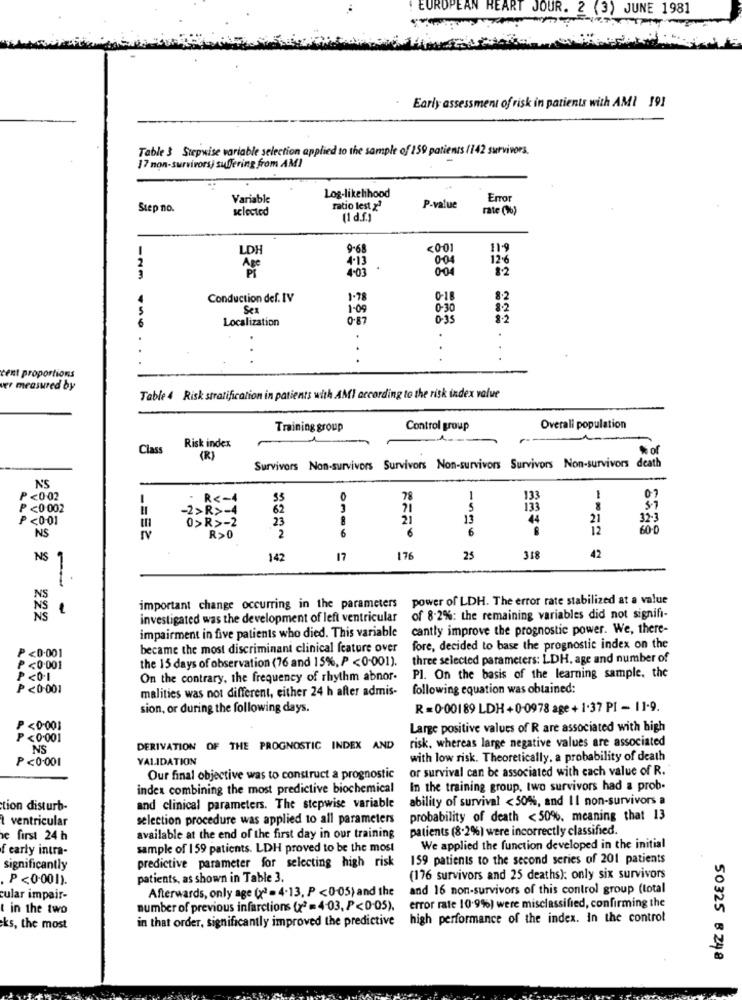
EUROPEAN HEART JOUR. 2 (3) JUNE 1981
. Early assessment of risk in patients with AMI 191
Table } Stepwise variable selection applied to the sample of 150 patients /142 survivors.
17 non-survivorsj suffering from AMI
Variable
Log-likelihood
Error
Step no.
selected
ratio lest x2
P-value
rate (%)
1
LDH
9-65
<001
119
2
4.13
0-04
12%
4.03
0.04
82
Conduction def. IV
1.78
0-18
8-2
1-09
0-30
8.2
6
Localization
0.87
0-35
82
.
.
cent proportions
ver measured by
Table 4 Risk stratification in patients with AMI according to the risk index value
Training group
Control group
Overall population
Class
Risk index
of
(R)
Survivors Non-survivors Survivors Non-survivors Survivors Non-survivors death
N'S
<0.02
R <- 4
35
78
13
07
<0.002
-2>R>-4
62
21
5
133
P <001
23
8
21
13
44
21
32-3
0>R>-2
6
6
6
60-0
NS
R>0
2
42
NS
142
17
176
25
318
1.
important change occurring in the parameters power of LDH. The error rate stabilized at a value
NS
-
NS
investigated was the development of left ventricular
of 8-2%: the remaining variables did not signifi-
cantly improve the prognostic power. We, there-
impairment in five patients who died. This variable
P <0.001
became the most discriminant clinical feature over
fore, decided to base the prognostic index on the
the 15 days of observation (76 and 15%, P <0.001).
three selected parameters: LDH, age and number of
P<0.001
P<0.1
On the contrary, the frequency of rhythm abnor-
Pl. On the basis of the learning sample. the
P <0-001
4,44,4,
malities was not different, either 24 h after admis-
following equation was obtained:
sion, or during the following days.
R =0.00189 LDH +0-0978 age + 1.37 PI - 11-9.
P <0.001
Large positive values of R are associated with high
<0.001
risk, whereas large negative values are associated
NS
DERIVATION OF THE PROGNOSTIC INDEX AND
P<0.001
VALIDATION
with low risk. Theoretically. a probability of death
or survival can be associated with cach value of R.
Our final objective was to construct a prognostic
index combining the most predictive biochemical
In the training group, two survivors had a prob.
ability of survival <50%, and II non-survivors a
tion disturb-
and clinical parameters. The stepwise variable
ventricular
selection procedure was applied to all parameters
probability of death <50%. meaning that 13
patients (8.2%) were incorrectly classified.
e first 24 h
available at the end of the first day in our training
f early intra-
sample of 159 patients. LDH proved to be the most
We applied the function developed in the initial
159 patients to the second series of 201 patients
significantly
predictive parameter for selecting high risk
P <0.001).
patients, as shown in Table 3.
(176 survivors and 25 deaths): only six survivors
Afterwards, only age (x2 = 4.13, P <0-05) and the
and 16 non-survivors of this control group (total
cular impair-
t in the two
number of previous infarctions (x2 = 4-03, P<0-05),
error rate 10.9%) were misclassified, confirming the
in that order, significantly improved the predictive
high performance of the index. In the control
-ks, the most
50325 8248